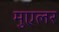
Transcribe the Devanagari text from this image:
मुएलर